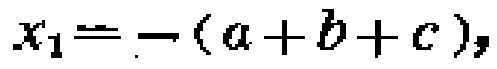
$x_{1}=-(a + b + c),$